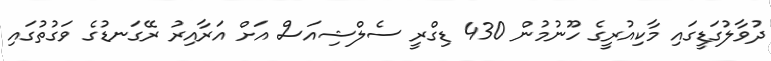
ދުވާލުގަޑީގައި މާކިއުރީގެ ހޫނުމުން 430 ޑިގްރީ ސެލްޝިއަސް އަށް އަރާއިރު ރޭގަނޑުގެ ވަގުތުގައި